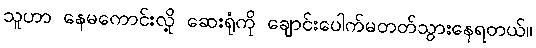
သူဟာ နေမကောင်းလို့ ဆေးရုံကို ချောင်းပေါက်မတတ်သွားနေရတယ်။